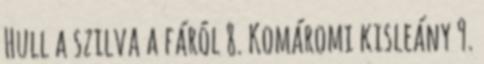
Hull a szilva a fáról 8. Komáromi kisleány 9.